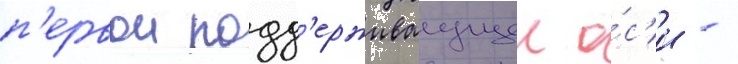
п'ервои подд'ерживаущеи о́с'и -